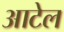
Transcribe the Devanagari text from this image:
आटेल